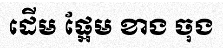
ដើម ផ្អែម ខាង ចុង